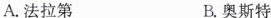
A.法拉第 B.奥斯特